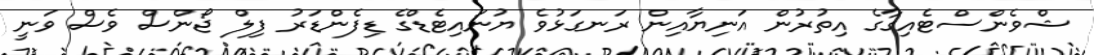
ޝްވެންސްޓެއިގާގެ އިތުރުން އަނިޔާއިން ރަނގަޅުވެ ޔުނައިޓެޑްގެ ޑިފެންޑަރު ފިލް ޖޯންސް ވެސް ވަނީ